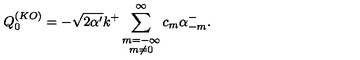
Q _ { 0 } ^ { ( K O ) } = - \sqrt { 2 \alpha ^ { \prime } } k ^ { + } \sum _ { \stackrel { \scriptstyle m = - \infty } { m \neq 0 } } ^ { \infty } c _ { m } \alpha _ { - m } ^ { - } .